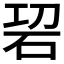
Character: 𥑱